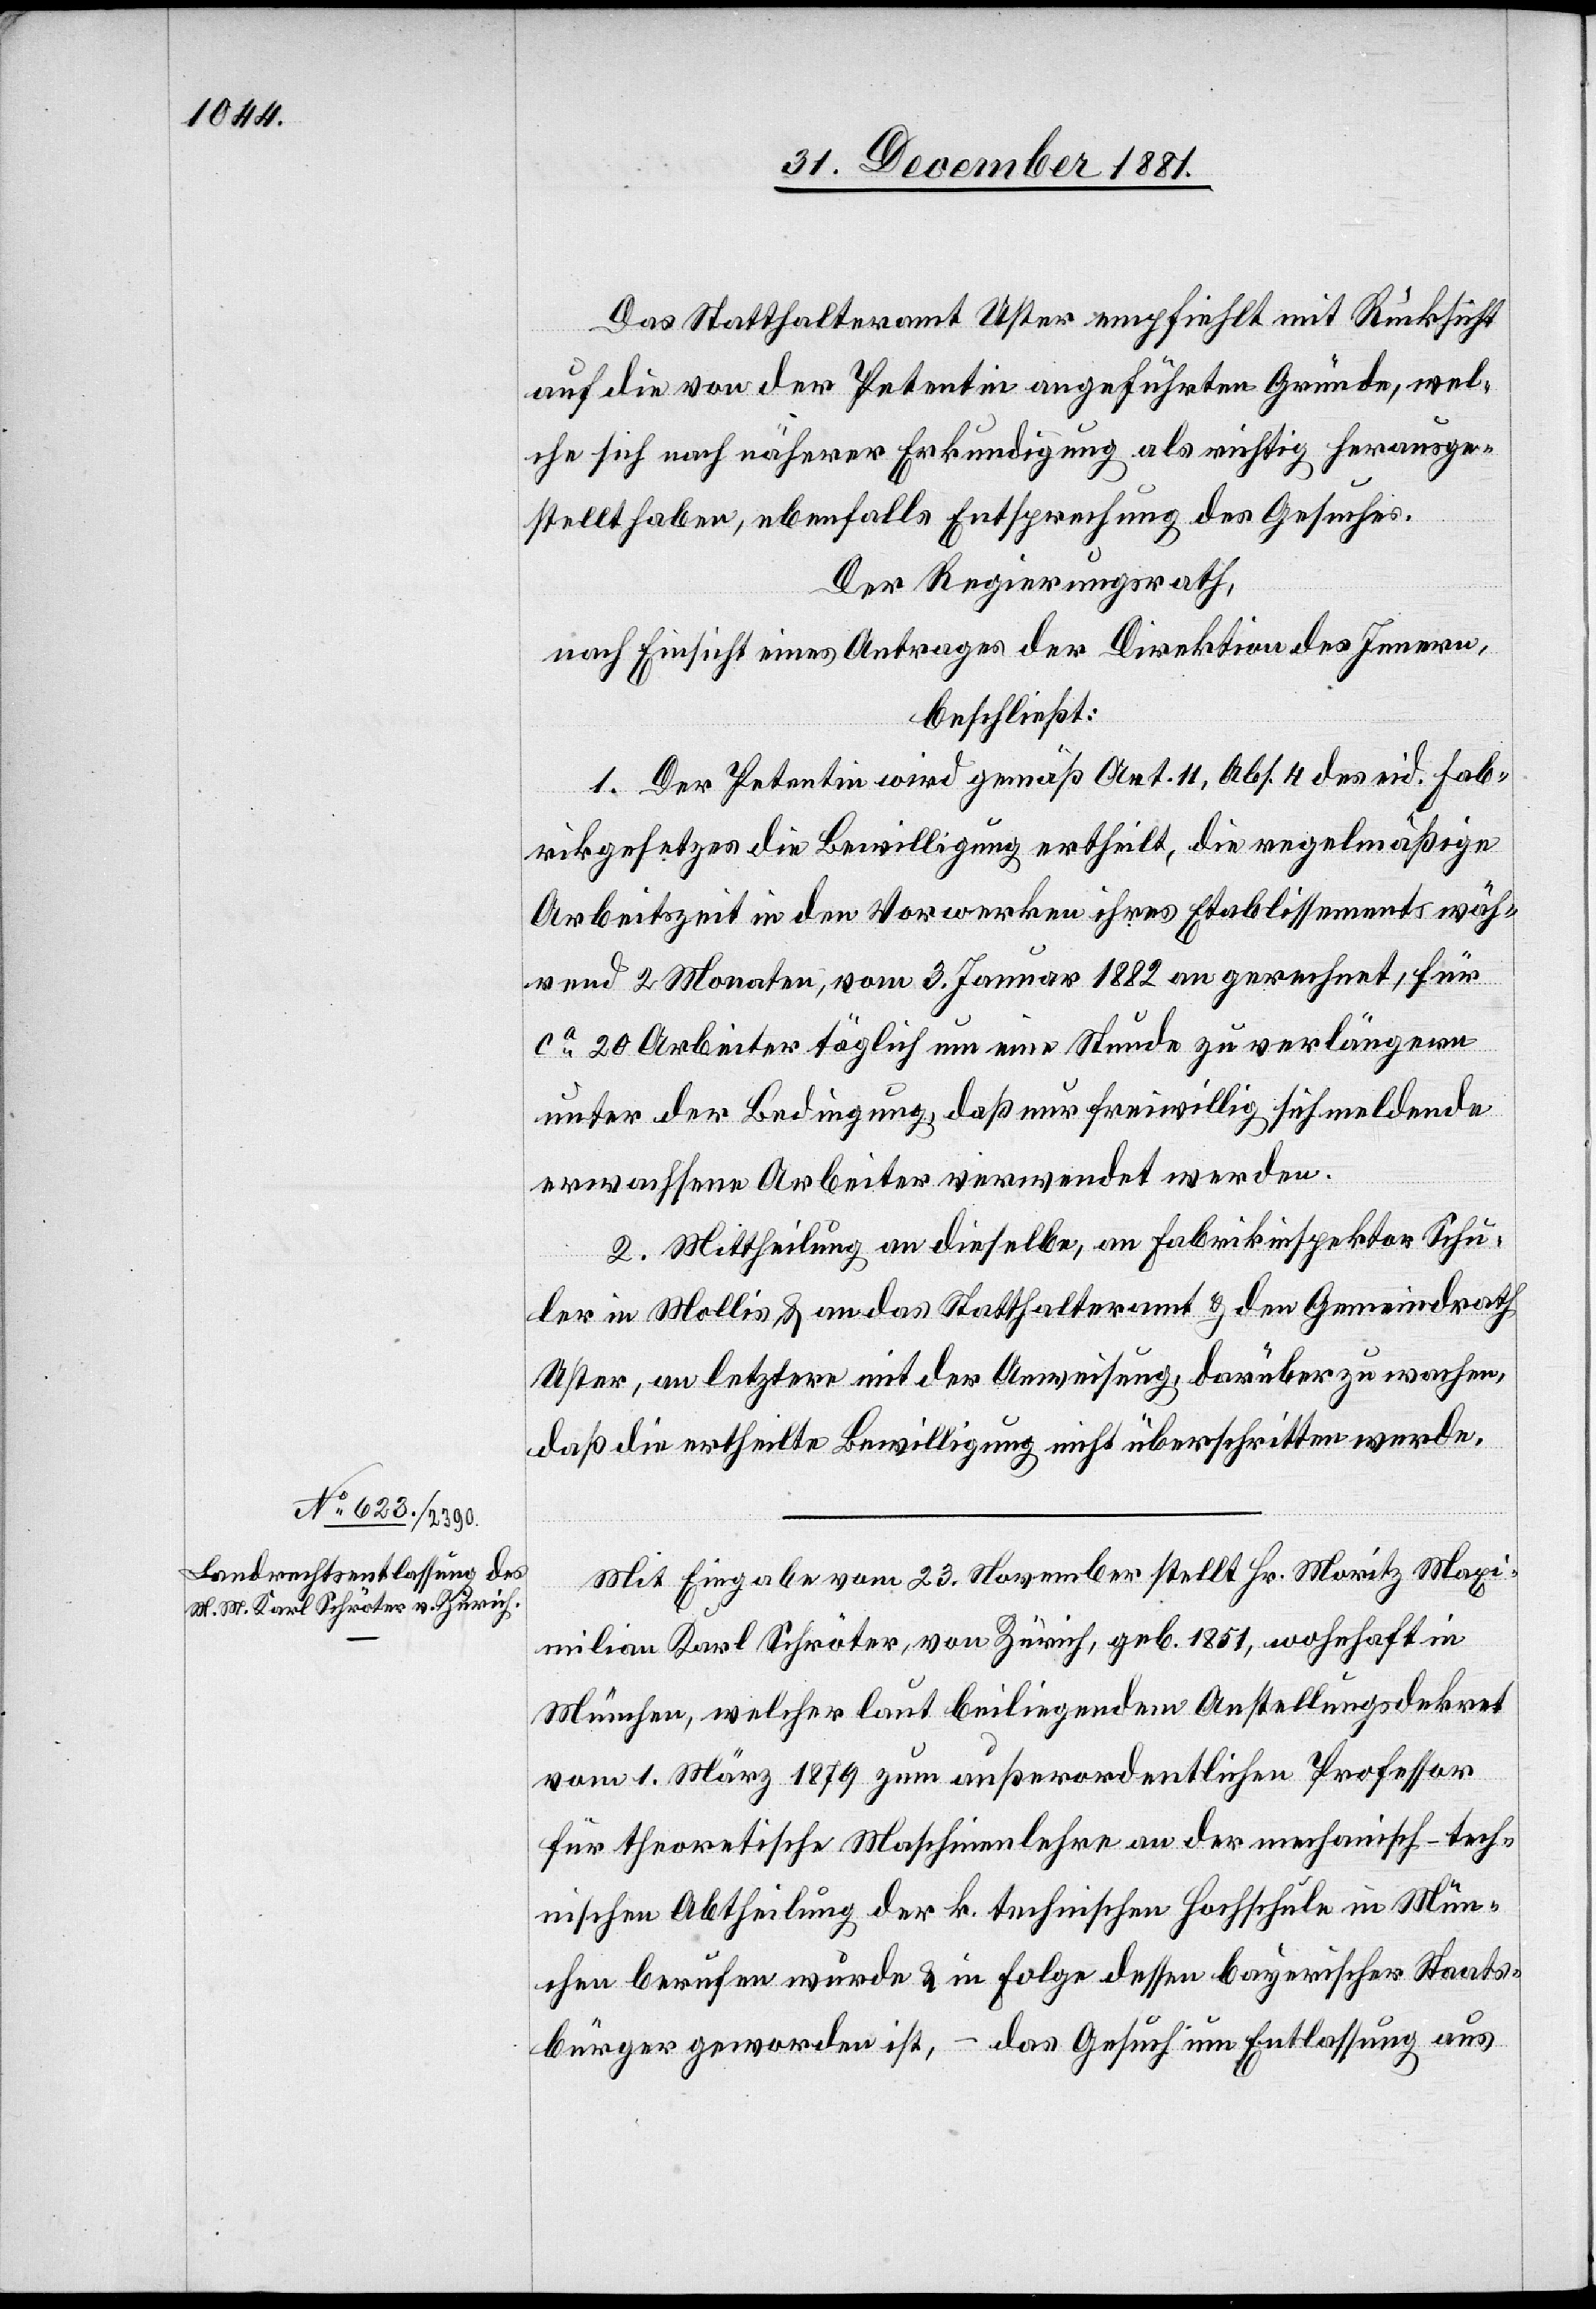
Das Statthalteramt Uster empfiehlt mit Rücksicht
auf die von der Petentin angeführten Gründe, wel¬
che sich nach näherer Erkundigung als richtig herausge¬
stellt haben, ebenfalls Entsprechung des Gesuches.
Der Regierungsrath,
nach Einsicht eines Antrages der Direktion des Innern,
beschließt:
1. Der Petentin wird gemäß Art. 11, Abs. 4 des eid. Fab¬
rikgesetzes die Bewilligung ertheilt, die regelmäßige
Arbeitszeit in den Vorwerken ihres Etablissements wäh¬
rend 2 Monaten, vom 3. Januar 1882 an gerechnet, für
ca 20 Arbeiter täglich um eine Stunde zu verlängern
unter der Bedingung, daß nur freiwillig sich meldende
erwachsene Arbeiter verwendet werden.
2. Mittheilung an dieselbe, an Fabrikinspektor Schu¬
ler in Mollis, & an das Statthalteramt & den Gemeindrath
Uster, an letztere mit der Anweisung, darüber zu wachen,
daß die ertheilte Bewilligung nicht überschritten werde.
Mit Eingabe vom 23. November stellt Hr. Moritz Maxi¬
milian Karl Schröter, von Zürich, geb. 1851, wohnhaft in
München, welcher laut beiliegendem Anstellungsdekret
vom 1. März 1879 zum außerordentlichen Professor
für theoretische Maschinenlehre an der mechanisch-tech¬
nischen Abtheilung der k. technischen Hochschule in Mün¬
chen berufen wurde & in Folge dessen bayerischer Staats¬
bürger geworden ist, – das Gesuch um Entlassung aus